Problem: 16 ÷ 4 = ?
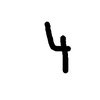
Handwritten answer: 4